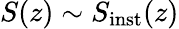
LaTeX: S(z)\sim S_{\mathrm{inst}}(z)